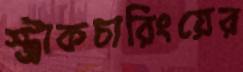
স্ট্রাকচারিংয়ের